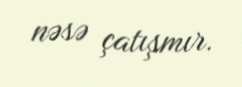
nəsə çatışmır.